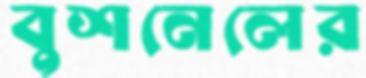
বুশনেলের